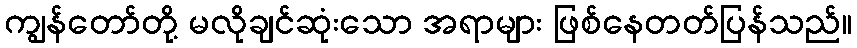
ကျွန်တော်တို့ မလိုချင်ဆုံးသော အရာများ ဖြစ်နေတတ်ပြန်သည်။